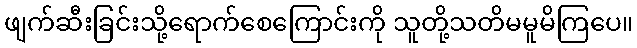
ဖျက်ဆီးခြင်းသို့ရောက်စေကြောင်းကို သူတို့သတိမမူမိကြပေ။